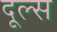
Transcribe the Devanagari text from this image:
दूल्स